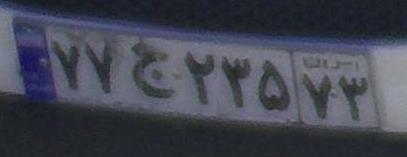
۷۷ج۲۳۵۷۳